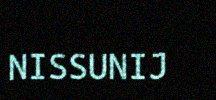
NISSUNIJ